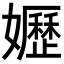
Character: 𡤌